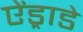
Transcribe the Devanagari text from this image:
ऐंड्राडे